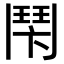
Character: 𩰍